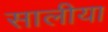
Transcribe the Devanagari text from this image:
सालीया